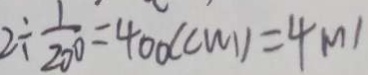
2 \div \frac { 1 } { 2 0 0 } = 4 0 0 ( c m ) = 4 m _ { 1 }